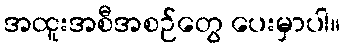
အထူးအစီအစဉ်တွေ ပေးမှာပါ။